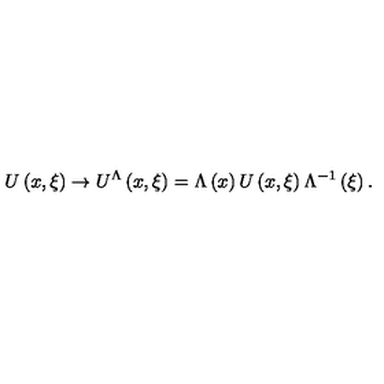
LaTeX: U \left( { x , \xi } \right) \to U ^ { \Lambda } \left( { x , \xi } \right) = \Lambda \left( x \right) U \left( { x , \xi } \right) \Lambda ^ { - 1 } \left( \xi \right) .